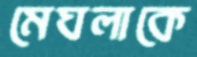
মেঘলাকে